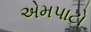
એમપાટો